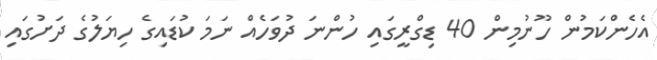
އެހެންކަމުން ހޫނުމިން 40 ޑިގްރީގައި ހުންނަ ދުވަހެއް ނަމަ ކުޑައިގެ ހިޔަލުގެ ދަށުގައި